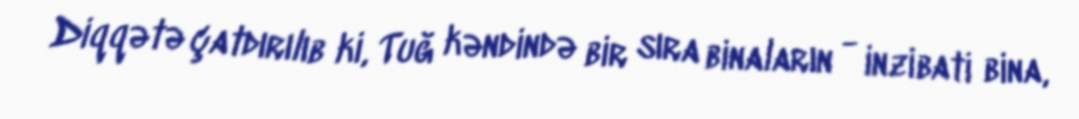
Diqqətə çatdırılıb ki, Tuğ kəndində bir sıra binaların - inzibati bina,